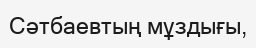
Сәтбаевтың мұздығы,